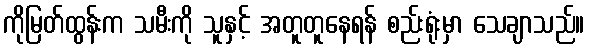
ကိုမြတ်ထွန်းက သမီးကို သူနှင့် အတူတူနေရန် စည်းရုံးမှာ သေချာသည်။